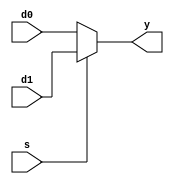
module mux2 #(parameter WIDTH = 32)(
    
    input [WIDTH-1:0] d0, d1,
    input s,
    output [WIDTH-1:0] y
    );

    assign y = s ? d1 : d0;
endmodule


// To call this module:
//  mux2 #(32)   mux(RegisterData, ImmValue, ContSelector, OutB);